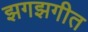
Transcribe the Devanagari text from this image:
झगझगीत